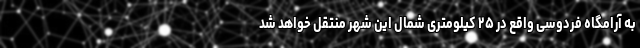
به آرامگاه فردوسی واقع در ۲۵ کیلومتری شمال این شهر منتقل خواهد شد